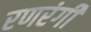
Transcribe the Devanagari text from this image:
रणरंगी